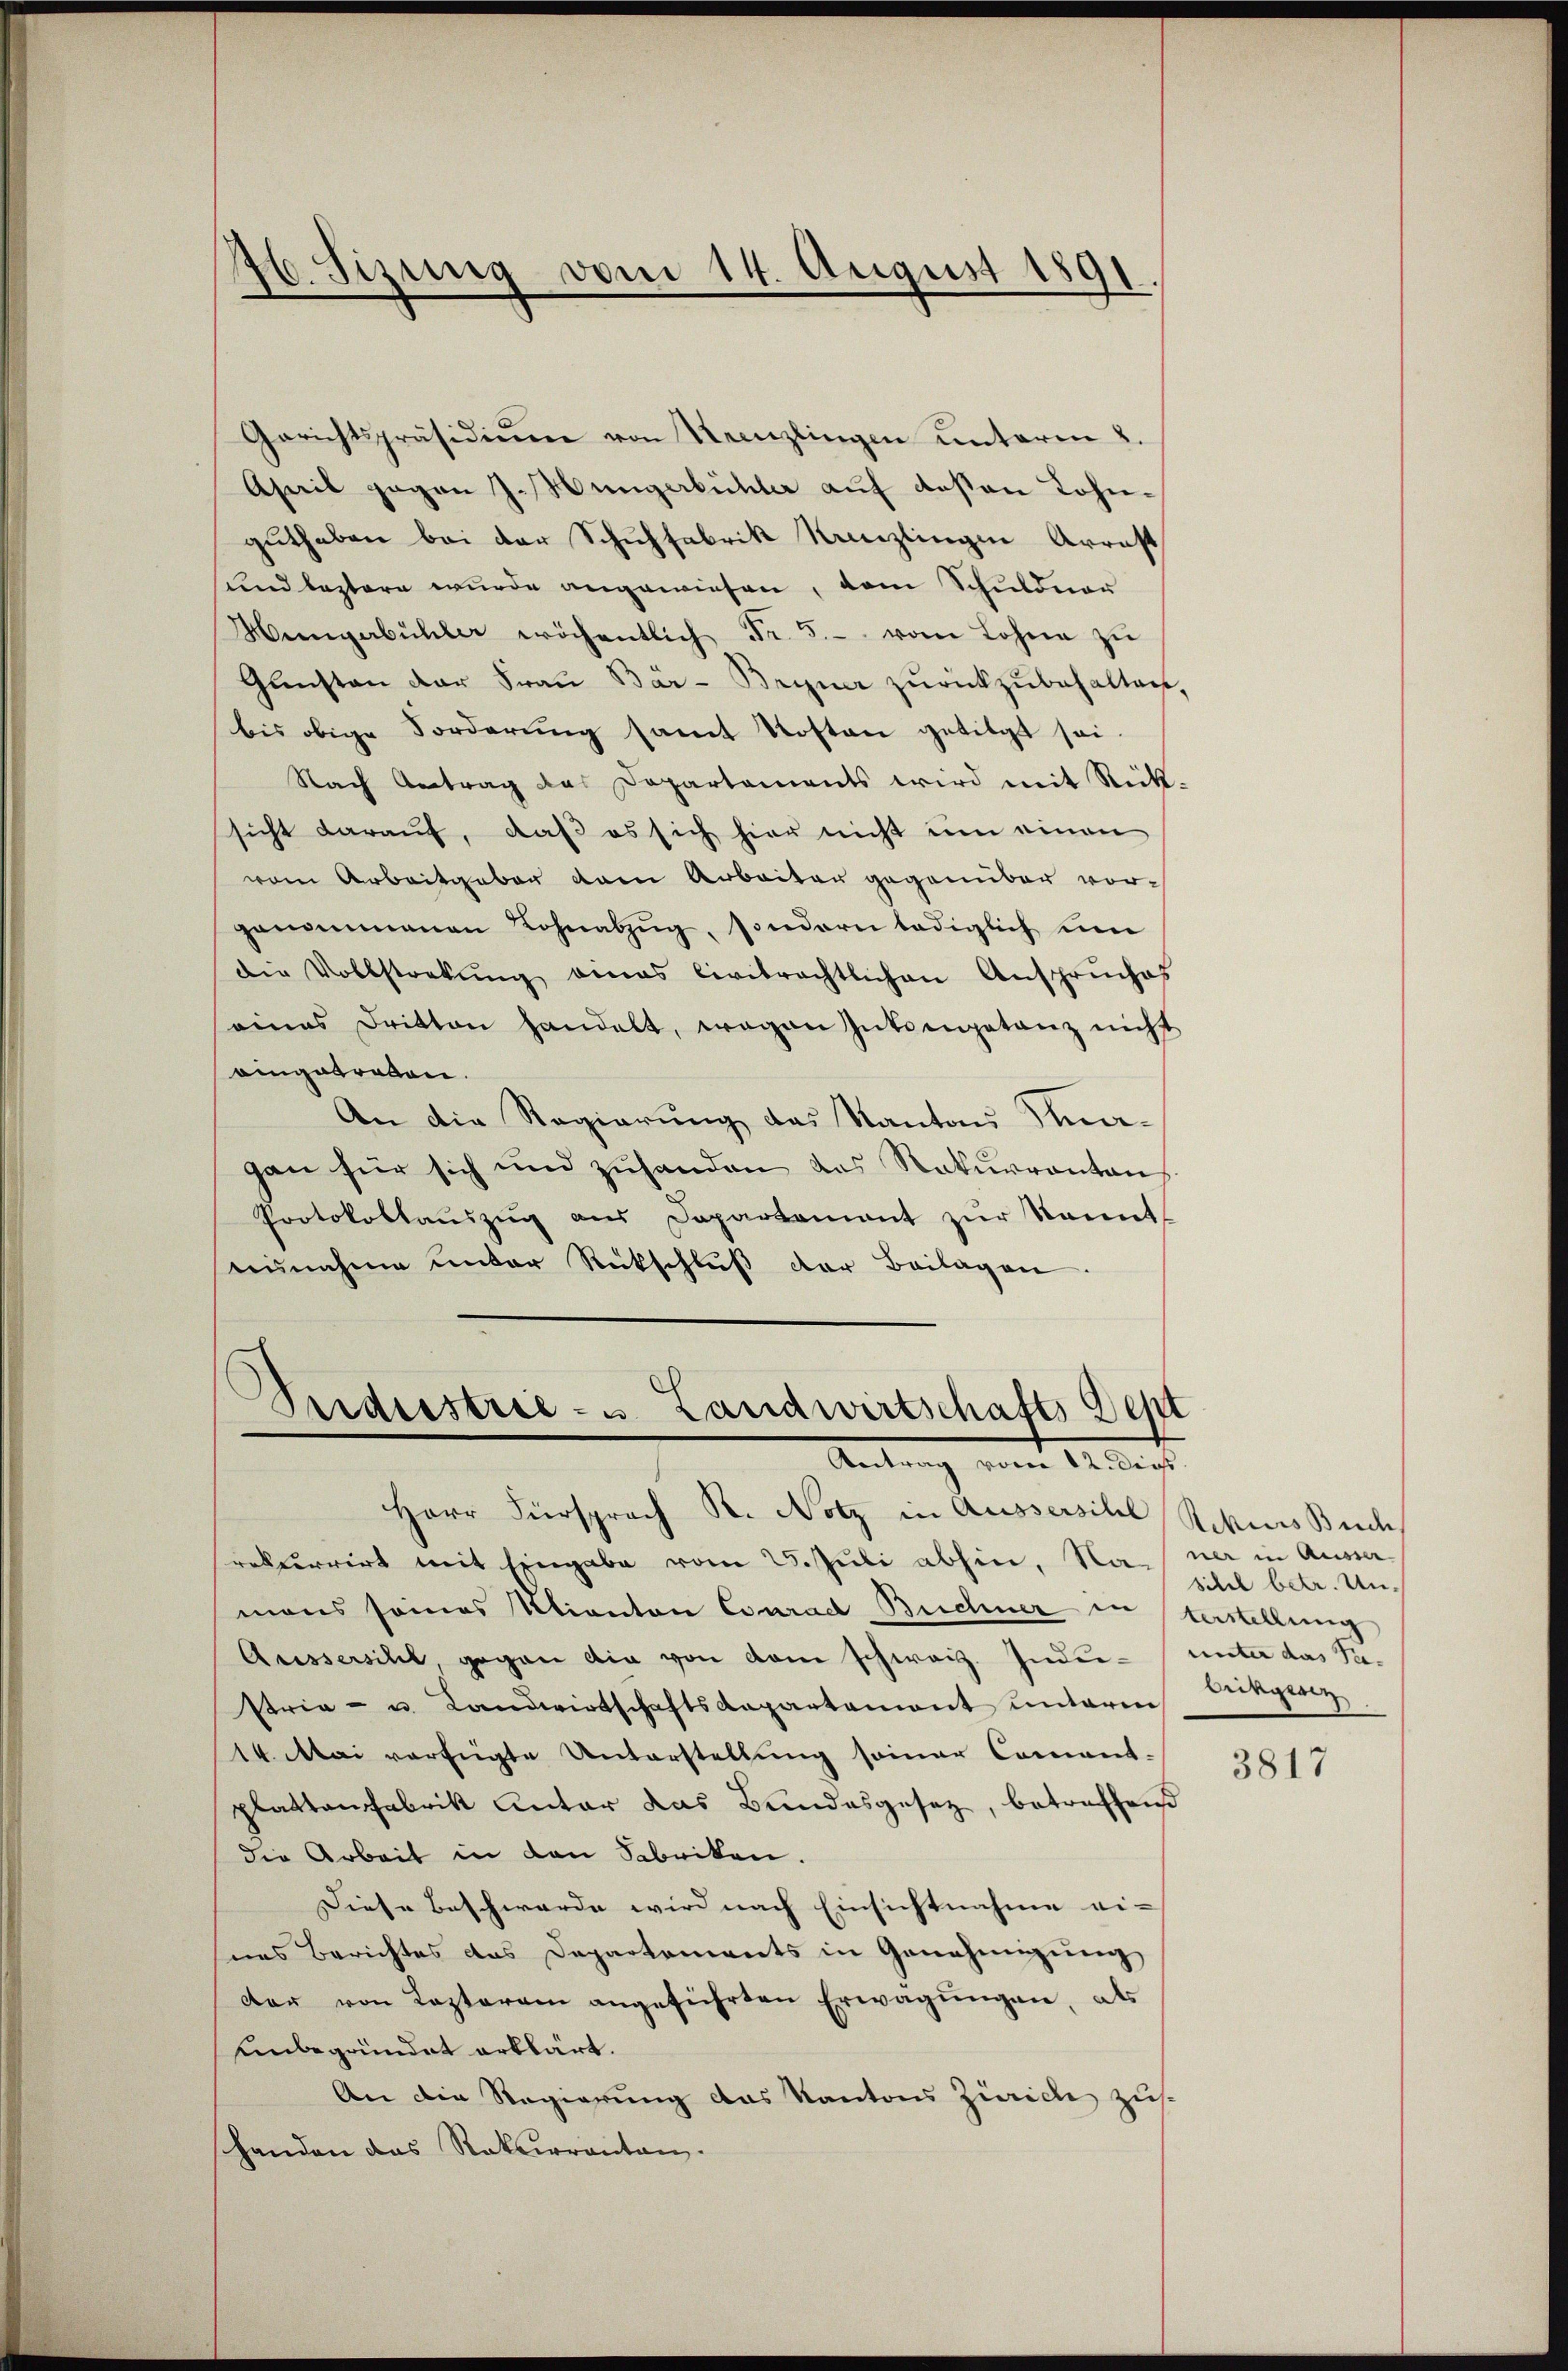
76. Sizung vom 14. August 1891

Gerichtspräsidiŭm von Kanzlingen unterm 8.
Apreis gegen J. Hungerbüchler auf deßen Lohnguthaben bei der Schuhfabrik Kanzlingen Arrest
und leztern wurde angewiesen, dem Schuldner
Meengabühler wöchentlich Fr. 5.- vom Lohne zŭ
Gŭnsten der Fraŭ Bar- Bryner zŭrückzŭbehalten,
bis obige Forderung samt Kosten getilgt sei.
Nach Antrag das Departaments wird mit Rück-
sicht darauf, daß es sich hier nicht um einen
vom Arbeitgaber dem Arbeiter gegenüber vorgenommenen Lohnabzug, sondern lediglich um
die Vollstrekŭng eines Civitrechtlichen Ansprŭches
eines Dritten handelt, wegen Interpetanz nicht
eingetragen.
An die Regierung das Kanton Knagan für sich und zuhanden das Rekurranton
Protokollaŭszŭg aŭs Departament zŭr Sonnt
runahme unter Rückschluß der Beilagen

Indesstrie- u. Landwirtschafts Sept
Antrag vom 12. dies

Herr Fürsprach R. Notz in Aussersihl, Rekurs Buch
rekurrirt mit Eingabe vom 25. Juli abhin, Naner in Ausa
mons seines Kanton Conrad Buchner in terstellung
Aussersihl gegen die von dem schweiz. Inder- unter das Se-
stria- u. Landwirtschaftsdepartement unterm
14. Mai verfügte Unterstellung seiner Comant-
plattenfabrik antar das Bundesgesetz, betreffend
die Arbeit in den Fabriken.
Diese Beschwerde wird nach Einsichtnahme ei-
seines Berichtes das Departements in Genehmigung
der von Lezterem angeführten Erwägungen, als
unbegründet erklärt.
An die Regierung das Kantons Zürich zusshanden das Rekurrenten.

sihl betr. Unbrikgeri

3817